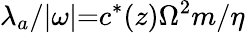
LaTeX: \lambda_{a}/{\vert}\omega{\vert}{=}c^{*}(z)\Omega^{2}m/\eta